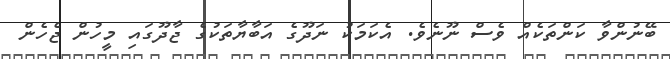
ބޭނުންވާ ކަންތަކެއް ވެސް ނޫނެވެ. އެކަމަކު ނަދޫގެ އަބާޔާތަކުގެ ޖާދޫގައި މީހުން ޖެހެން